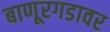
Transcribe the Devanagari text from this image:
बाणूरगडावर